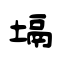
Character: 塥